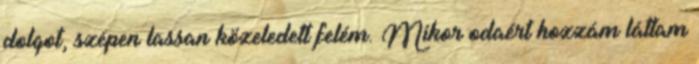
dolgot, szépen lassan közeledett felém. Mikor odaért hozzám láttam